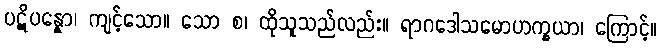
ပဋိပန္နော၊ ကျင့်သော။ သော စ၊ ထိုသူသည်လည်း။ ရာဂဒေါသမောဟက္ခယာ၊ ကြောင့်။